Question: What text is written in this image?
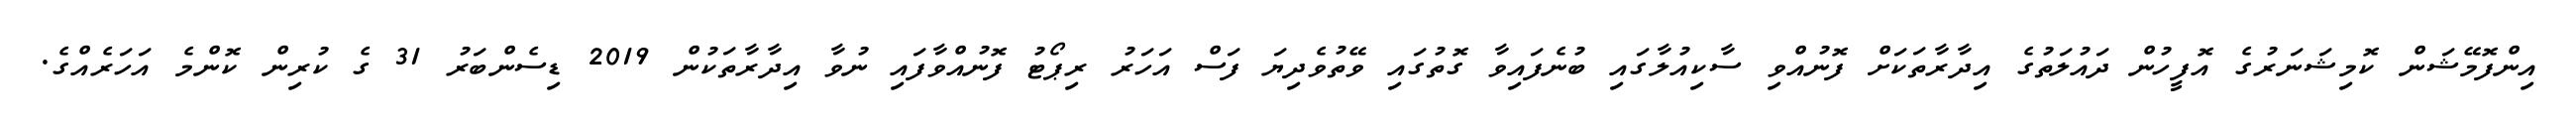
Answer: އިންފޮމޭޝަން ކޮމިޝަނަރުގެ އޮފީހުން ދައުލަތުގެ އިދާރާތަކަށް ފޮނުއްވި ސާކިއުލާގައި ބުނެފައިވާ ގޮތުގައި ވޭތުވެދިޔަ ފަސް އަހަރު ރިޕޯޓު ފޮނުއްވާފައި ނުވާ އިދާރާތަކުން 2019 ޑިސެންބަރު 31 ގެ ކުރިން ކޮންމެ އަހަރެއްގެ.